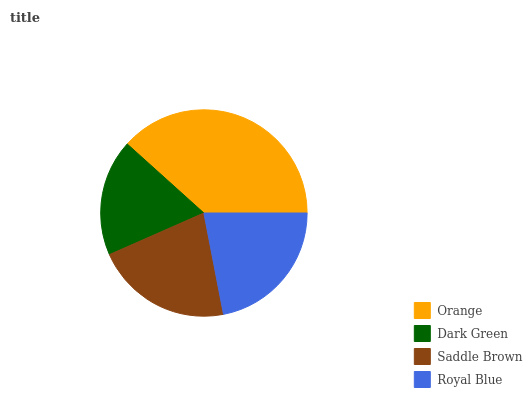
| Orange | Dark Green | Saddle Brown | Royal Blue |
 | --- | --- | --- | --- |
 | 38.3% | 18.3% | 21.5% | 21.9% |